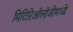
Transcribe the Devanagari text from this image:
मिटिरिऑलॉजीमध्ये